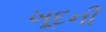
ખૂદની